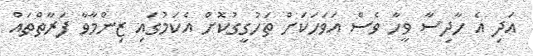
އަދި އެ ހާދިސާ ވީހާ ވެސް އަވަހަކަށް ތަހުގީގުކޮށް އެކަމުގައި ޒިންމާވާ ފަރާތްތައް